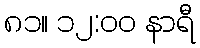
၈၁။ ၁၂:၀၀ နာရီ